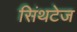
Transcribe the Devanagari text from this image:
सिंथटेज